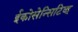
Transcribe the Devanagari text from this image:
ईकोसेन्सिटिव्ह